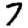
Digit: 7